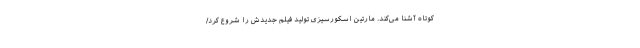
کوتاه آشنا می‌کند. مارتین اسکورسیزی تولید فیلم جدیدش را شروع کرد/